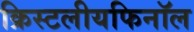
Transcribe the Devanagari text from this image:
क्रिस्टलीयफिनॉल